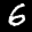
Label: 6